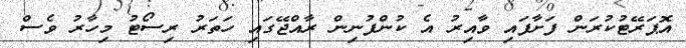
އޮޕަރޭޓުކުރަން ފަށާފައި ވާއިރު އެ ކުންފުނިން ރާއްޖޭގައި ހަތަރު ރިސޯޓު މިހާރު ވެސް